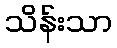
သိန်းသာ